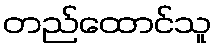
တည်ထောင်သူ